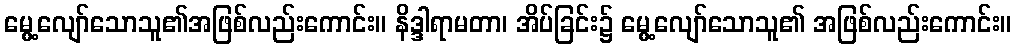
မွေ့လျော်သောသူ၏အဖြစ်လည်းကောင်း။ နိဒ္ဒါရာမတာ၊ အိပ်ခြင်း၌ မွေ့လျော်သောသူ၏ အဖြစ်လည်းကောင်း။